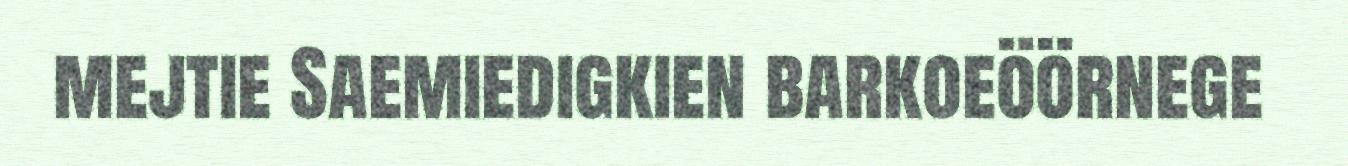
mejtie Saemiedigkien barkoeöörnege